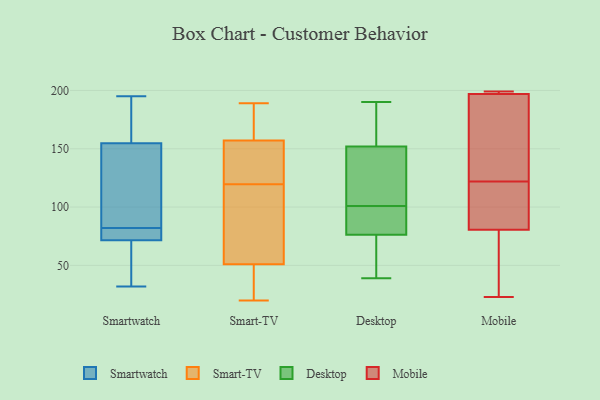
{"axis": {"x": "Active Users", "y": "Value"}, "legend": ["Desktop", "Mobile", "Smart-TV", "Smartwatch"], "data": [{"x": "", "y": 32, "type": "Smartwatch"}, {"x": "", "y": 121, "type": "Smartwatch"}, {"x": "", "y": 195, "type": "Smartwatch"}, {"x": "", "y": 151, "type": "Smartwatch"}, {"x": "", "y": 82, "type": "Smartwatch"}, {"x": "", "y": 82, "type": "Smartwatch"}, {"x": "", "y": 70, "type": "Smartwatch"}, {"x": "", "y": 195, "type": "Smartwatch"}, {"x": "", "y": 72, "type": "Smartwatch"}, {"x": "", "y": 70, "type": "Smartwatch"}, {"x": "", "y": 80, "type": "Smartwatch"}, {"x": "", "y": 148, "type": "Smartwatch"}, {"x": "", "y": 166, "type": "Smartwatch"}, {"x": "", "y": 164, "type": "Smart-TV"}, {"x": "", "y": 34, "type": "Smart-TV"}, {"x": "", "y": 139, "type": "Smart-TV"}, {"x": "", "y": 70, "type": "Smart-TV"}, {"x": "", "y": 20, "type": "Smart-TV"}, {"x": "", "y": 57, "type": "Smart-TV"}, {"x": "", "y": 54, "type": "Smart-TV"}, {"x": "", "y": 170, "type": "Smart-TV"}, {"x": "", "y": 48, "type": "Smart-TV"}, {"x": "", "y": 34, "type": "Smart-TV"}, {"x": "", "y": 42, "type": "Smart-TV"}, {"x": "", "y": 150, "type": "Smart-TV"}, {"x": "", "y": 122, "type": "Smart-TV"}, {"x": "", "y": 166, "type": "Smart-TV"}, {"x": "", "y": 117, "type": "Smart-TV"}, {"x": "", "y": 148, "type": "Smart-TV"}, {"x": "", "y": 189, "type": "Smart-TV"}, {"x": "", "y": 149, "type": "Smart-TV"}, {"x": "", "y": 105, "type": "Smart-TV"}, {"x": "", "y": 189, "type": "Smart-TV"}, {"x": "", "y": 61, "type": "Desktop"}, {"x": "", "y": 73, "type": "Desktop"}, {"x": "", "y": 93, "type": "Desktop"}, {"x": "", "y": 94, "type": "Desktop"}, {"x": "", "y": 156, "type": "Desktop"}, {"x": "", "y": 138, "type": "Desktop"}, {"x": "", "y": 166, "type": "Desktop"}, {"x": "", "y": 101, "type": "Desktop"}, {"x": "", "y": 53, "type": "Desktop"}, {"x": "", "y": 140, "type": "Desktop"}, {"x": "", "y": 39, "type": "Desktop"}, {"x": "", "y": 190, "type": "Desktop"}, {"x": "", "y": 86, "type": "Desktop"}, {"x": "", "y": 138, "type": "Desktop"}, {"x": "", "y": 181, "type": "Desktop"}, {"x": "", "y": 133, "type": "Mobile"}, {"x": "", "y": 199, "type": "Mobile"}, {"x": "", "y": 197, "type": "Mobile"}, {"x": "", "y": 97, "type": "Mobile"}, {"x": "", "y": 112, "type": "Mobile"}, {"x": "", "y": 23, "type": "Mobile"}, {"x": "", "y": 122, "type": "Mobile"}, {"x": "", "y": 75, "type": "Mobile"}, {"x": "", "y": 198, "type": "Mobile"}, {"x": "", "y": 197, "type": "Mobile"}, {"x": "", "y": 64, "type": "Mobile"}]}